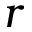
r